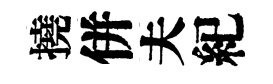
撓併夫紀